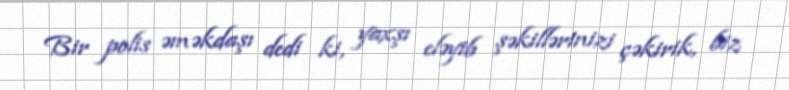
Bir polis əməkdaşı dedi ki, yaxşı eləyib şəkillərinizi çəkirik, biz